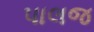
પાલજ